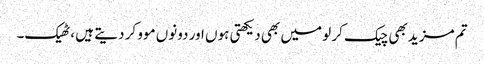
تم مزید بھی چیک کر لو میں بھی دیکھتی ہوں اور دونوں موو کر دیتے ہیں ،ٹھیک۔